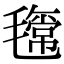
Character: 𣰎